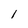
Character: l